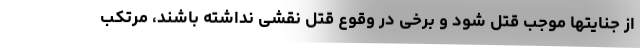
از جنایتها موجب قتل شود و برخی در وقوع قتل نقشی نداشته باشند، مرتکب